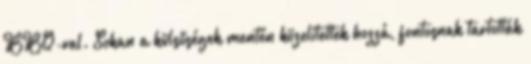
BBQ-val. Sokan a külsőségek mentén közelítettek hozzá, fontosnak tartották